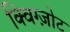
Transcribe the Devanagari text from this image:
क्विग्ज़ोट